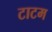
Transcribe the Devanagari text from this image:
टाटम